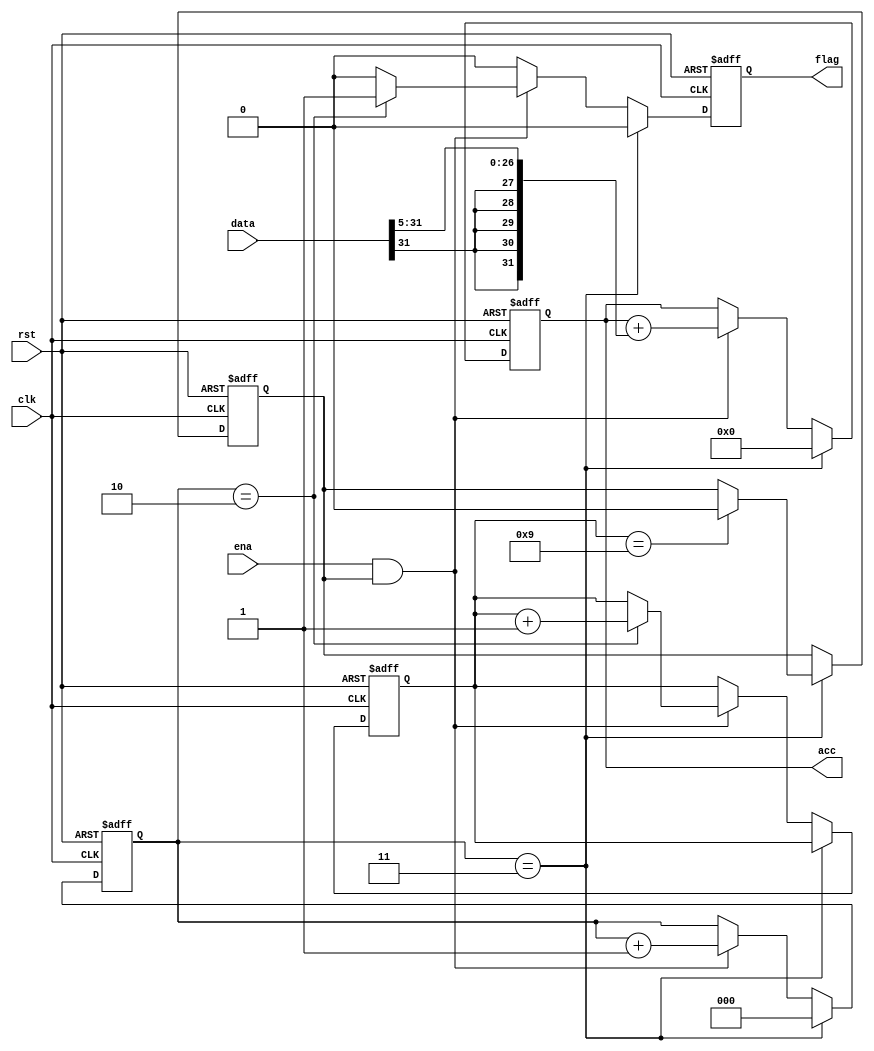
module accum #(parameter DIM=3)(
    input clk, rst, ena,
    input [10:-21] data,

    output reg flag,
	output signed [15:-16] acc
);

localparam NBIT_ADDR = $clog2(DIM)+1;

reg [(NBIT_ADDR-1):0] cnt;
reg condicion;

reg signed [15:-16] accaux;  

reg [$clog2(DIM*DIM) :0] exec;

assign acc = accaux;


always@(posedge clk, negedge rst) begin
   if(!rst) begin
        accaux <= 0;
        flag <= 1'b0;
        cnt <= 2'b0;
		exec <= 0;
		condicion <= 1'b1;
   end 
   else begin
        if(cnt == DIM) begin
            accaux <= 0;
            flag <= 1'b0;
			cnt <= 2'b00;
				if(exec==DIM*DIM) begin
					condicion <= 1'b0;
				end
        end
        else begin
            if(ena == 1'b1 && condicion==1'b1) begin
                if(cnt == (DIM-1)) begin
                    cnt <= cnt + 2'b1;
                    flag <= 1'b1; 
					exec <= exec + 1'b1;
					accaux <= accaux + {{5{data[10]}}, data[10:0],data[-1:-16]};
                end
                else begin
					accaux <= accaux + {{5{data[10]}}, data[10:0],data[-1:-16]};
					cnt <= cnt + 2'b1;
                    flag <= 1'b0;
                end
            end
            else begin
                flag <= 1'b0;
            end
        end
   end
end

endmodule